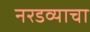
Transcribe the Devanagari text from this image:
नरडव्याचा